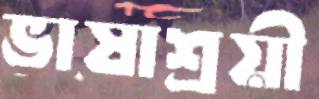
ভাষাশ্রয়ী